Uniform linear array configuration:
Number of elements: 12
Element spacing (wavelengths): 0.25
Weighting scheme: exponential
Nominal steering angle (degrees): -15
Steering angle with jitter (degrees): -16.858
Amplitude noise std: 0.05
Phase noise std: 0.05

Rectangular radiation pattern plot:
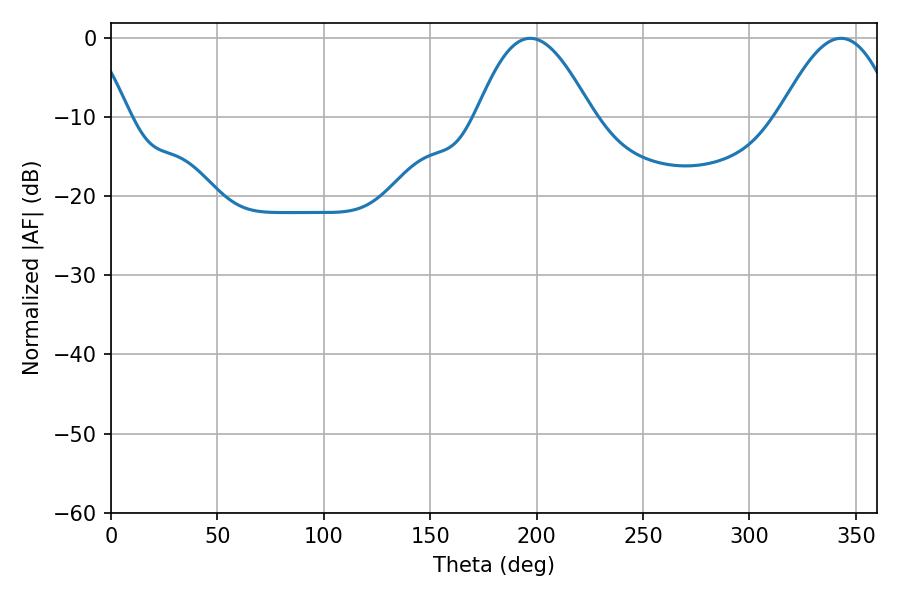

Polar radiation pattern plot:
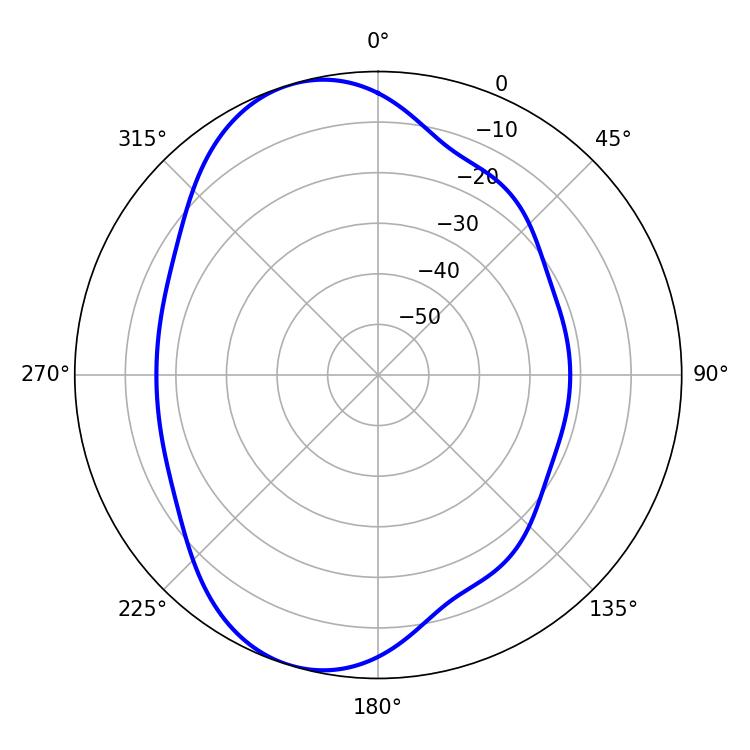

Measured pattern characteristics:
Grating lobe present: FALSE
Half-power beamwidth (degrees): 29.34
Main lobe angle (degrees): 196.92